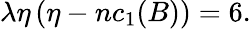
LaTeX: \lambda\eta\left(\eta-nc_{1}(B)\right)=6.